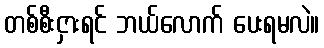
တစ်စီးငှားရင် ဘယ်လောက် ပေးရမလဲ။